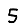
Digit: 5